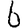
Digit: 6